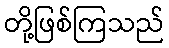
တို့ဖြစ်ကြသည်